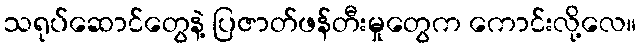
သရုပ်ဆောင်တွေနဲ့ ပြဇာတ်ဖန်တီးမှုတွေက ကောင်းလို့လေ။